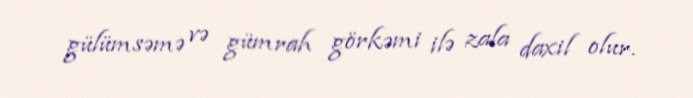
gülümsəmə və gümrah görkəmi ilə zala daxil olur.